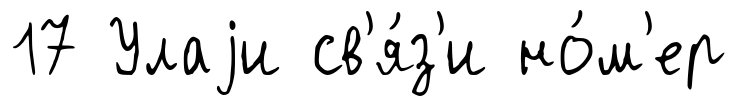
17 Улаjи св'я́з'и но́м'ер